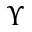
\Upsilon